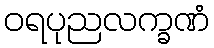
ဝရပုညလက္ခဏံ